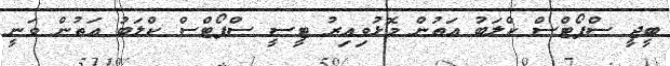
ބީޖީ ސްޕޯޓްސް ކްލަބު އަތުން މޮޅުވިއިރު ޓީސީ ސްޕޯޓްސް ކްލަބު އަތުން ވަނީ